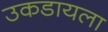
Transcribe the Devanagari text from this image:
उकडायला